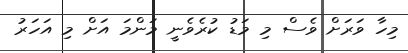
މިހާ ވަރަށް ވެސް މި މަޑު ކުރެވެނީ މަންމަ އަށް މި އަހަރު